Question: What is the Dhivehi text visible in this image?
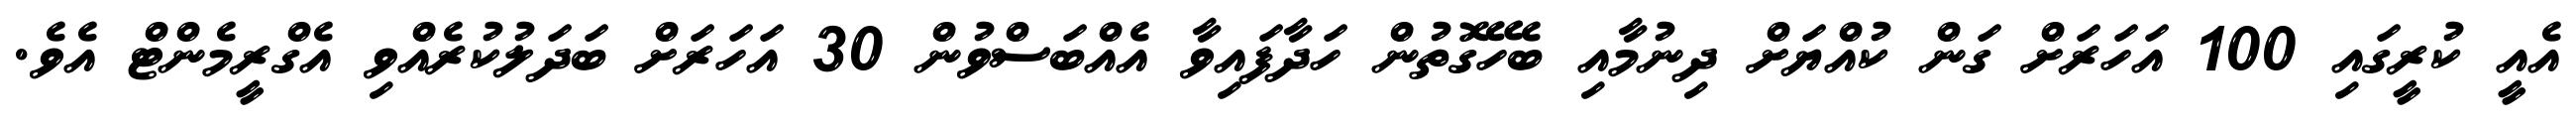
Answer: އެއީ ކުރީގައި 100 އަހަރަށް ގަން ކުއްޔަށް ދިނުމާއި ބެހޭގޮތުން ހަދާފައިވާ އެއްބަސްވުން 30 އަހަރަށް ބަދަލުކުރެއްވި އެގްރީމެންޓް އެވެ.